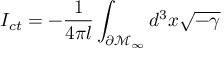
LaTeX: I _ { c t } = - \frac 1 { 4 \pi l } \int _ { \partial \mathcal { M } _ { \infty } } d ^ { 3 } x \sqrt { - \gamma }